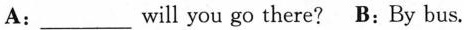
A:___will you go there? B:By bus.